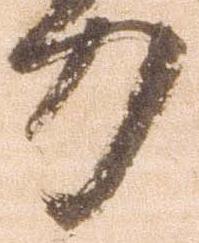
力